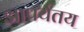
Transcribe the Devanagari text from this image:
आपर्यतय